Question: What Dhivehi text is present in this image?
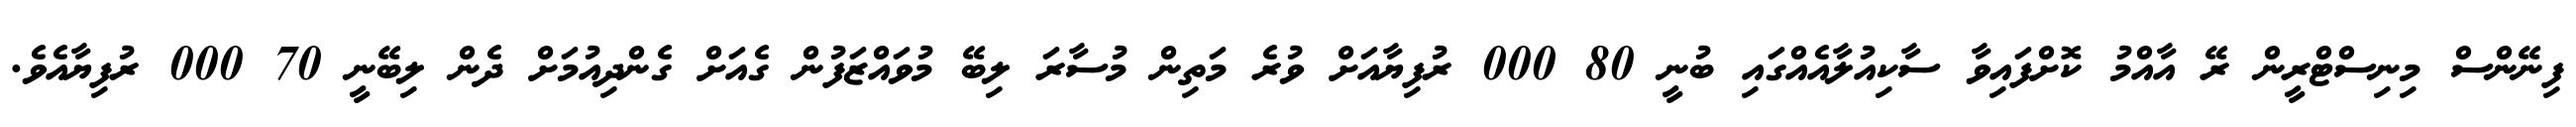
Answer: ފިނޭންސް މިނިސްޓްރީން ރޭ އާއްމު ކޮށްފައިވާ ސާކިއުލާއެއްގައި ބުނީ 80 000 ރުފިޔާއަށް ވުރެ މަތިން މުސާރަ ލިބޭ މުވައްޒަފުން ގެއަށް ގެންދިއުމަށް ދެން ލިބޭނީ 70 000 ރުފިޔާއެވެ.